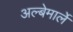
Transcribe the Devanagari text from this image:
अल्बेमार्ले